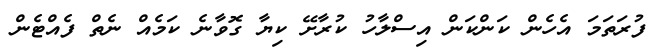
ފުރަތަމަ އެހެން ކަންކަން އިސްލާހު ކުރާށޭ ކިޔާ ގޮވާނެ ކަމެއް ނެތް ފެއްޓެން